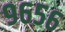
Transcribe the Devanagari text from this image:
९६५६